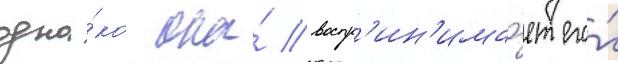
одна́ко она́ воспр'ин'има́ет его́